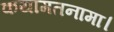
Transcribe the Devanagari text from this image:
कयामतनामा।